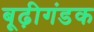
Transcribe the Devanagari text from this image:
बूढ़ीगंडक